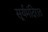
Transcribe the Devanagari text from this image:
सूर्यमंदिरात